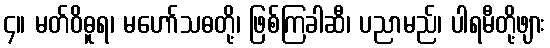
၄။ မတ်ဝိဓူရ၊ မဟော်သဓတို့၊ ဖြစ်ကြခါဆီ၊ ပညာမည်၊ ပါရမီတို့ဖျား